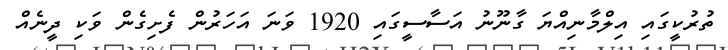
ތުރުކީގައި އިލްމާނިއްޔަ ގާނޫނު އަސާސީގައި 1920 ވަނަ އަހަރުން ފެށިގެން ވަކި ދީނެއް